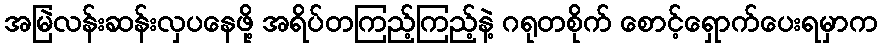
အမြဲလန်းဆန်းလှပနေဖို့ အရိပ်တကြည့်ကြည့်နဲ့ ဂရုတစိုက် စောင့်ရှောက်ပေးရမှာက